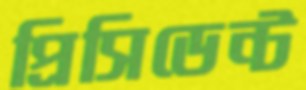
প্রিসিডেন্ট